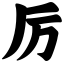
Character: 厉